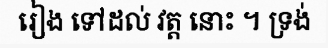
រៀង ទៅដល់ វត្ត នោះ ។ ទ្រង់